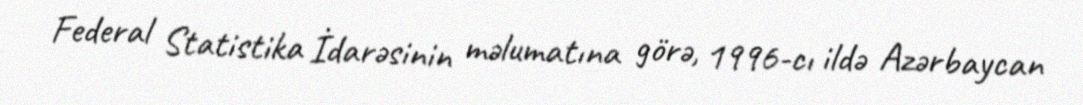
Federal Statistika İdarəsinin məlumatına görə, 1996-cı ildə Azərbaycan